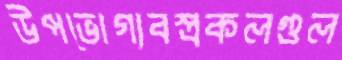
উপভোগ্যবস্ত্রকলগুল